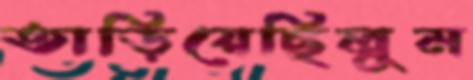
তাড়িয়েছিলুম